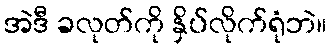
အဲဒီ ခလုတ်ကို နှိပ်လိုက်ရုံဘဲ။